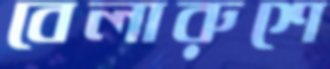
বেলারুশে